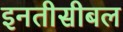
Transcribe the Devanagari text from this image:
इनतीसीबल